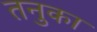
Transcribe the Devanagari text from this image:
तनुका